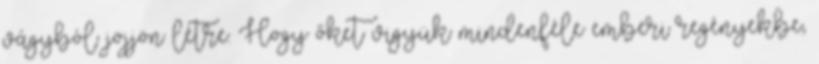
vágyból jöjjön létre. Hogy őket vigyük mindenféle emberi regényekbe,